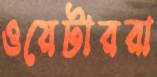
ওয়েটাররা